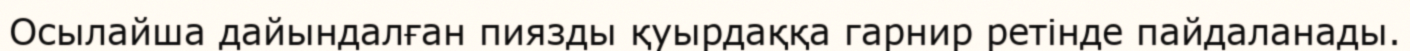
Осылайша дайындалған пиязды қуырдаққа гарнир ретінде пайдаланады.